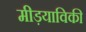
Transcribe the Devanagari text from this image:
मीड़याविकी